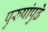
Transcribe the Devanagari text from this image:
पुरुषांपुढे